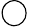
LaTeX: \bigcirc